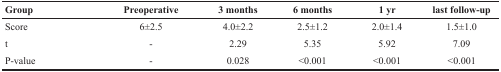
<table><thead><tr><td><b>Group</b></td><td><b>Preoperative</b></td><td><b>3 months</b></td><td><b>6 months</b></td><td><b>1 yr</b></td><td><b>last follow-up</b></td></tr></thead><tbody><tr><td>Score</td><td>6±2.5</td><td>4.0±2.2</td><td>2.5±1.2</td><td>2.0±1.4</td><td>1.5±1.0</td></tr><tr><td>t</td><td>-</td><td>2.29</td><td>5.35</td><td>5.92</td><td>7.09</td></tr><tr><td>P-value</td><td>-</td><td>0.028</td><td>&lt;0.001</td><td>&lt;0.001</td><td>&lt;0.001</td></tr></tbody></table>